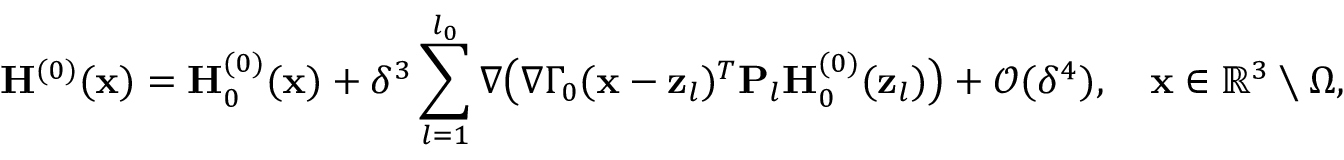
\mathbf { H } ^ { ( 0 ) } ( \mathbf { x } ) = \mathbf { H } _ { 0 } ^ { ( 0 ) } ( \mathbf { x } ) + \delta ^ { 3 } \sum _ { l = 1 } ^ { l _ { 0 } } \nabla \big ( \nabla \Gamma _ { 0 } ( \mathbf { x } - \mathbf { z } _ { l } ) ^ { T } \mathbf { P } _ { l } \mathbf { H } _ { 0 } ^ { ( 0 ) } ( \mathbf { z } _ { l } ) \big ) + \mathcal { O } ( \delta ^ { 4 } ) , \quad \mathbf { x } \in \mathbb { R } ^ { 3 } \setminus \Omega ,